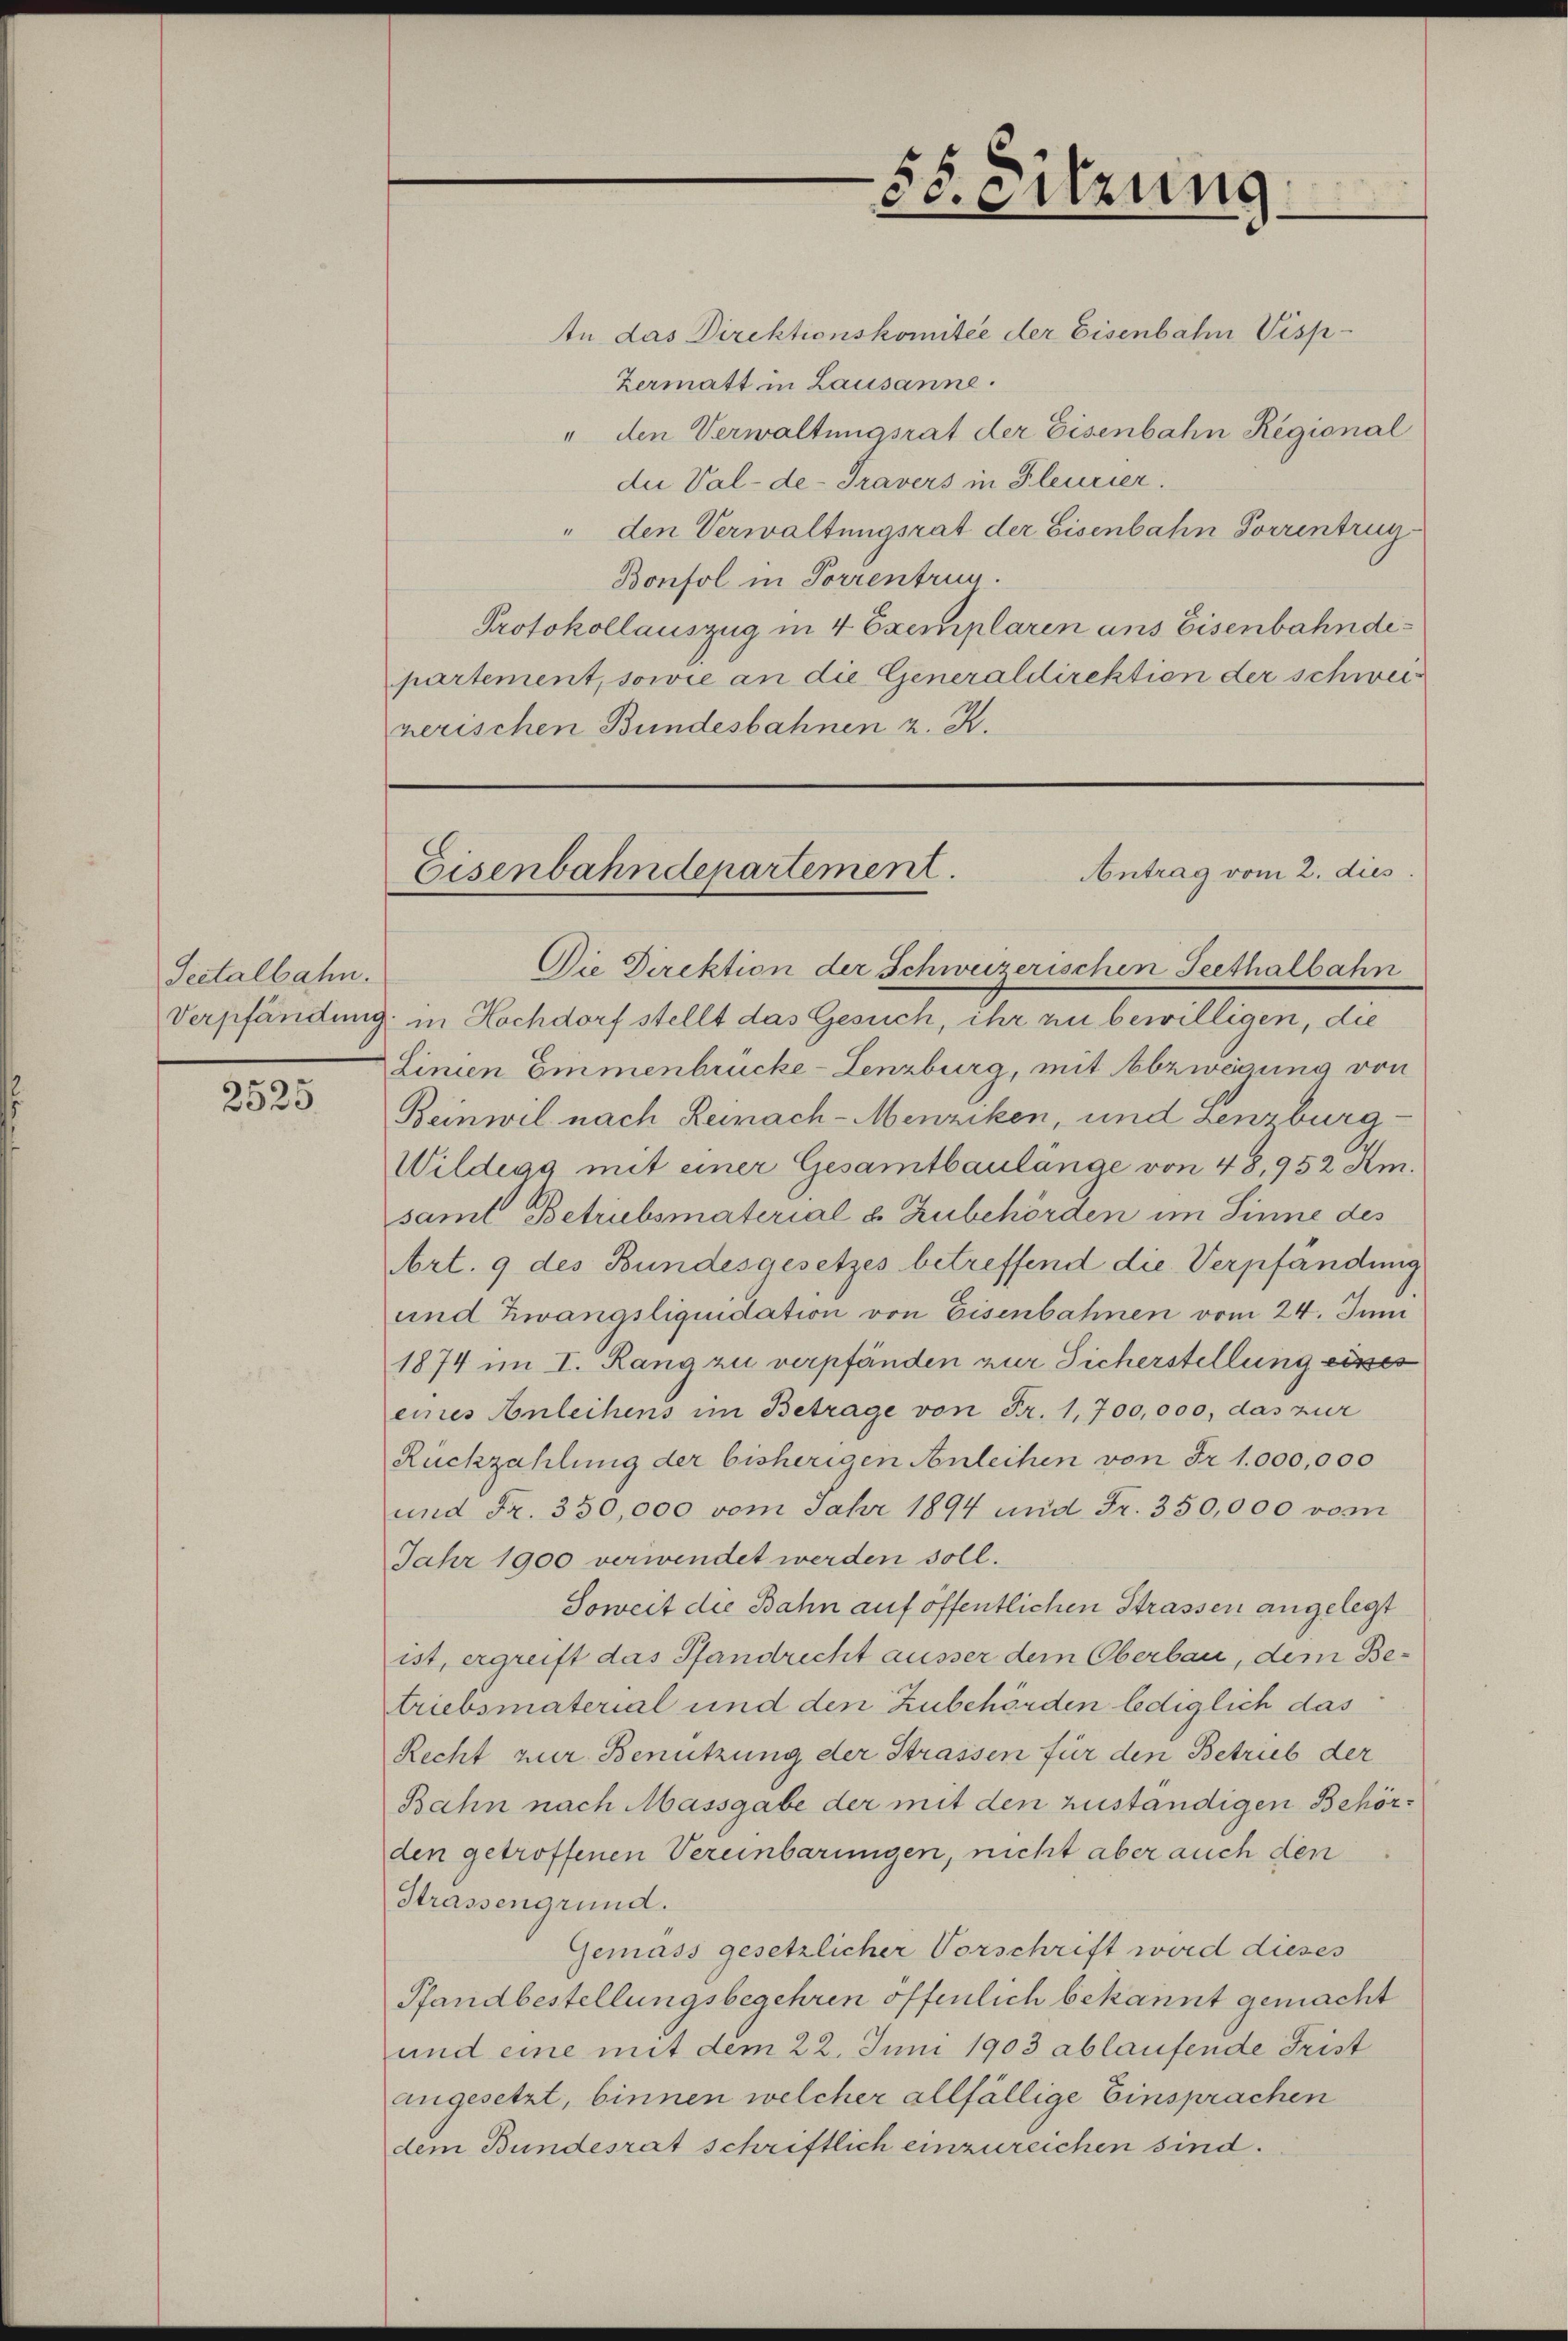
Seetalbahn.
Verpfändung

2525

58. Sitzung

An das Direktionskomitée der Eisenbahn Visp
Zermatt in Lausanne.
" den Verwaltungsrat der Eisenbahn Regional
die Val-de-Travers in Fleurier.
" den Verwaltungsrat der Eisenbahn Forrentrug
Bonfol in Porrentrun
Protokollauszug in 4 Exemplaren ans Eisenbahndepartement, sowie an die Generaldirektion der schweizerischen Bundesbahnen z. K.

Antrag vom 2. dies
Eisenbahndepartement.

Die Direktion der Schweizerischen Seethalbahn
in Hochdorf stellt das Gesuch, ihr zu bewilligen, die
Linien Emmenbrücke-Lenzburg, mit Abzwegung von
Beinwil nach Reinach-Menziken, und Zenzburg-
Wildegg mit einer Gesamtbaulänge von 48, 952 Km.
samt Betrubsmaterial u. Zubehörden im Sinne des
Art. 9 des Bundesgesetzes betreffend die Verpfändung
und Zwangsliquidation von Eisenbahnen vom 24. Juni
1874 im I. Rang zu verpfänden zur Sicherstellung eisses
eines Anleihens im Betrage von Fr. 1,700,000, das zur
Rückzahlung der bisherigen Anleihen von Fr. 1000,000
und Fr. 350,000 vom Jahr 1894 und Fr. 350,000 vom
Jahr 1900 verwendet werden soll.
Soweit die Bahn auf öffentlichen Strassen angelegt
ist, ergreift das Pfandrecht ausser dem Oberbau, dem Betriebsmaterial und den Zubehörden lediglich das
Recht zur Benützung der Strassen für den Betrub der
Bahn nach Massgabe der mit den zuständigen Behörden getroffenen Vereinbarungen, nicht aber auch den
Strassengrund.
Gemäss gesetzlicher Vorschrift wird dieses
Pfandbestellungsbegehren öffenlich bekannt gemacht
und eine mit dem 22. Juni 1903 ablaufende Frist
angesetzt, binnen welcher allfällige Einsprachen
dem Bundesrat schriftlich einzureichen sind.